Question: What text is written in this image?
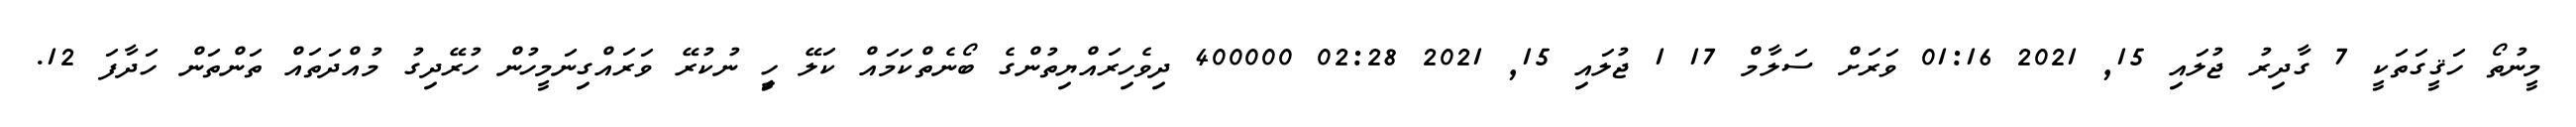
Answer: މީނުތޯ ހަޤީގަތަކީ 7 ގާދިރު ޖުލައި 15, 2021 01:16 ވަރަށް ސަލާމް 17 1 ޖުލައި 15, 2021 02:28 400000 ދިވެހިރައްޔިތުންގެ ބޯނެތްކަމައް ކަލޭ ހިީ ނުކުރޭ ވަރައްގިނަމީހުން ހުރޭދިގު މުއްދަތައް ތަންތަން ހަދާފަ 12.